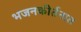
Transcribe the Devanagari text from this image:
भजनकीर्तनात